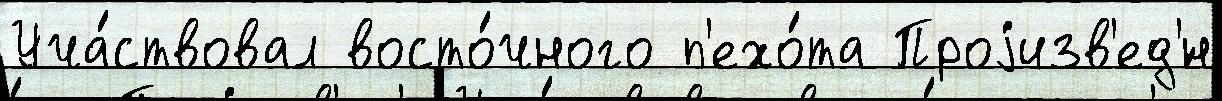
Уча́ствовал восто́чного п'ехо́та Проjизв'ед'́н